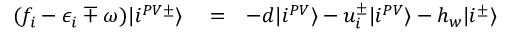
\begin{array} { r l r } { ( f _ { i } - \epsilon _ { i } \mp \omega ) | i ^ { P V \pm } \rangle } & { { } = } & { - d | i ^ { P V } \rangle - u _ { i } ^ { \pm } | i ^ { P V } \rangle - h _ { w } | i ^ { \pm } \rangle } \end{array}